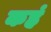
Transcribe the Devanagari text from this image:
कहं